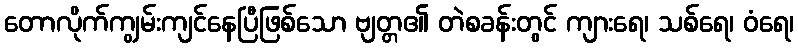
တောလိုက်ကျွမ်းကျင်နေပြီဖြစ်သော ဗျတ္တ၏ တဲစခန်းတွင် ကျားရေ၊ သစ်ရေ၊ ဝံရေ၊